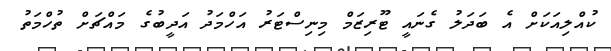
ކުއްލިއަކަށް އެ ބަދަލު ގެނައީ ޓޫރިޒަމް މިނިސްޓަރު އަހްމަދު އަދީބުގެ މައްޗަށް ތުހްމަތު